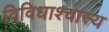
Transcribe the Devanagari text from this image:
विविधाश्चास्य